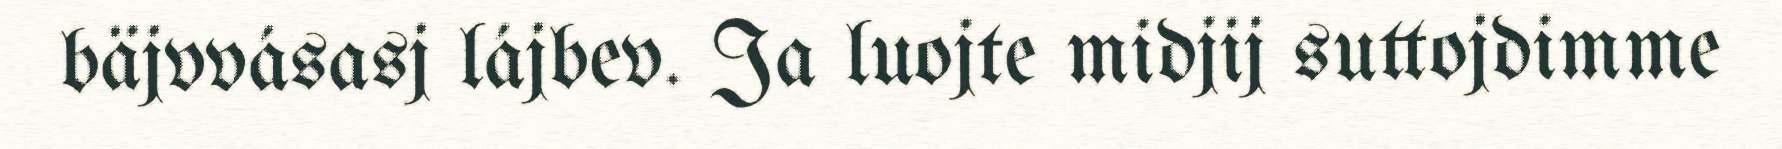
bäjvvásasj lájbev. Ja luojte midjij suttojdimme